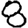
Digit: 8